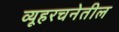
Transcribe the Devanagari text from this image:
व्यूहरचनेतील